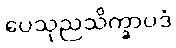
ပေသုညသိက္ခာပဒံ